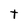
Character: t